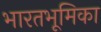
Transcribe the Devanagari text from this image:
भारतभूमिका